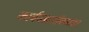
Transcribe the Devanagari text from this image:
कार्बनडाऑक्साइड